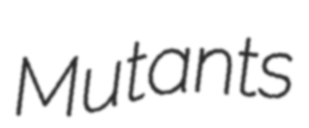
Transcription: Mutants